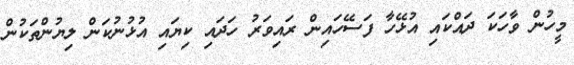
މީހުން ވާހަކަ ދައްކައި އުޅޭހާ ފަސޭހައިން ރައިވަރު ހަދައި ކިޔައި އުޅުނުކަން ލިޔުންތަކުން